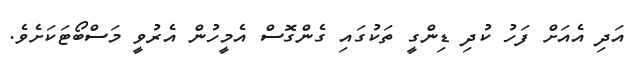
އަދި އެއަށް ފަހު ކުދި ޑިންގީ ތަކުގައި ގެންގޮސް އެމީހުން އެރުވީ މަސްބޯޓަކަށެވެ.